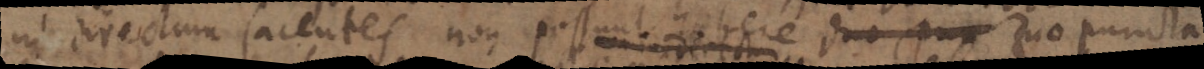
in directum facentes non possunt habere duo pun duo puncta